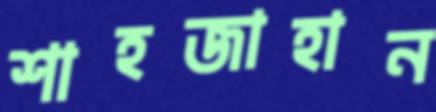
শাহজাহান